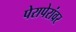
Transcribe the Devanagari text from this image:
पेरापेरांवर